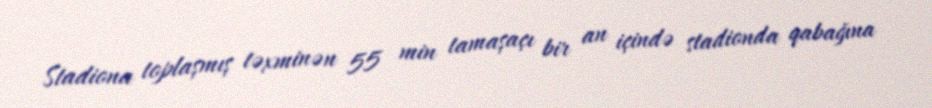
Stadiona toplaşmış təxminən 55 min tamaşaçı bir an içində stadionda qabağına